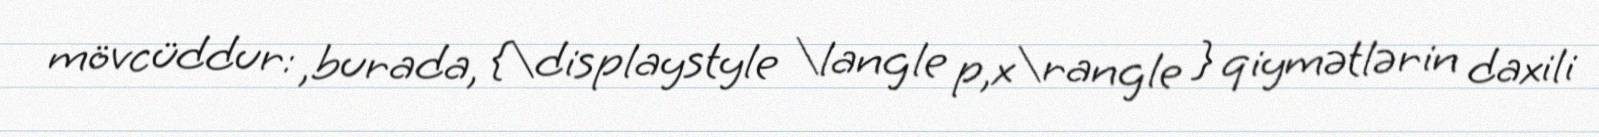
mövcüddur: ,burada, {\displaystyle \langle p,x\rangle } qiymətlərin daxili